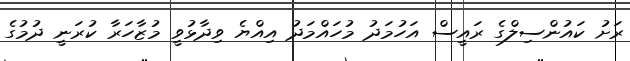
ރަށު ކައުންސިލްގެ ރައީސް އަހުމަދު މުހައްމަދު އިއްޔެ ވިދާޅުވީ މުޒާހަރާ ކުރަނީ ދުމުގެ